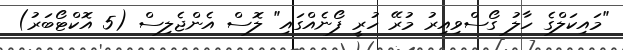
"މައިކަލްގެ ހާލު ގޯސްވިއިރު މުރޭ ހުރީ ފޯނެއްގައި" ލޮސް އެންޖެލިސް (5 އޮކްޓޯބަރު)